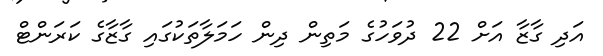
އަދި ގާޒާ އަށް 22 ދުވަހުގެ މަތިން ދިން ހަމަލާތަކުގައި ގާޒާގެ ކަރަންޓް